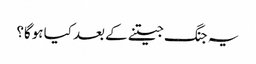
یہ جنگ جیتنے کے بعد کیا ہوگا؟